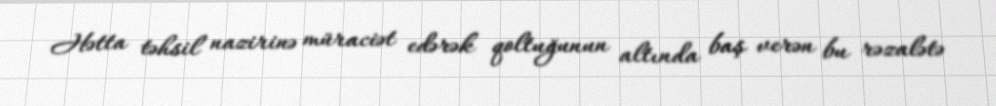
Hətta təhsil nazirinə müraciət edərək qoltuğunun altında baş verən bu rəzalətə